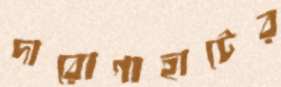
দারোগাহাটের